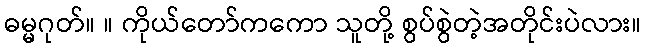
ဓမ္မဂုတ်။ ။ ကိုယ်တော်ကကော သူတို့ စွပ်စွဲတဲ့အတိုင်းပဲလား။